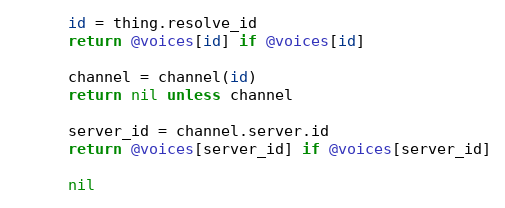
Language: Ruby
      id = thing.resolve_id
      return @voices[id] if @voices[id]

      channel = channel(id)
      return nil unless channel

      server_id = channel.server.id
      return @voices[server_id] if @voices[server_id]

      nil